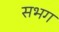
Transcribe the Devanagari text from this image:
सभग